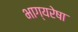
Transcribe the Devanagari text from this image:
भाग्यरेषा